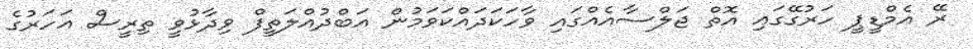
ރޭ އެމްޑީޕީ ހަރުގޭގައި އޮތް ޖަލްސާއެއްގައި ވާހަކަދައްކަވަމުން އަބްދުއްލަތީފް ވިދާޅުވީ ތިރީސް އަހަރުގެ